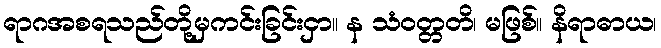
ရာဂအစရသည်တို့မှကင်းခြင်းငှာ။ န သံဝတ္တတိ၊ မဖြစ်။ နိရာဓာယ၊